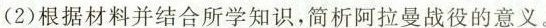
(2)根据材料并结合所学知识，简析阿拉曼战役的意义。